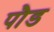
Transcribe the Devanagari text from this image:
पाैड